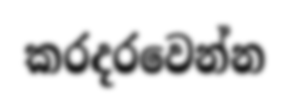
කරදරවෙන්න